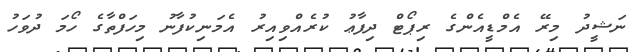
ނަޝީދު މިރޭ އެމްޑީއެންގެ ރިޕޯޓް ދިފާޢު ކުރެއްވިއިރު އެމަނިކުފާނު މިހަފްތާގެ ހޯމަ ދުވަހު